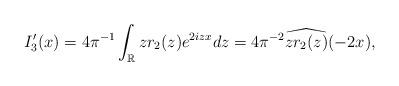
LaTeX: \begin{align*}\begin{aligned}I_3'(x) =4\pi^{-1} \int_{\mathbb{R}} z r_2(z) e^{2izx}d z = 4\pi^{-2} \widehat{z r_2(z)}(-2x),\end{aligned}\end{align*}